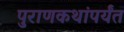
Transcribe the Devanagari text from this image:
पुराणकथांपर्यंत